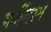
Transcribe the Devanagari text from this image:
जर्नलिस्म